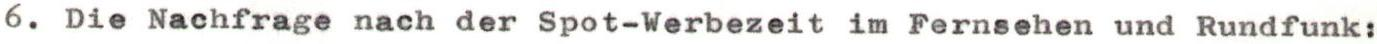
6. Die Nachfrage nach der Spot-Werbezeit im Fernsehen und Rundfunk: